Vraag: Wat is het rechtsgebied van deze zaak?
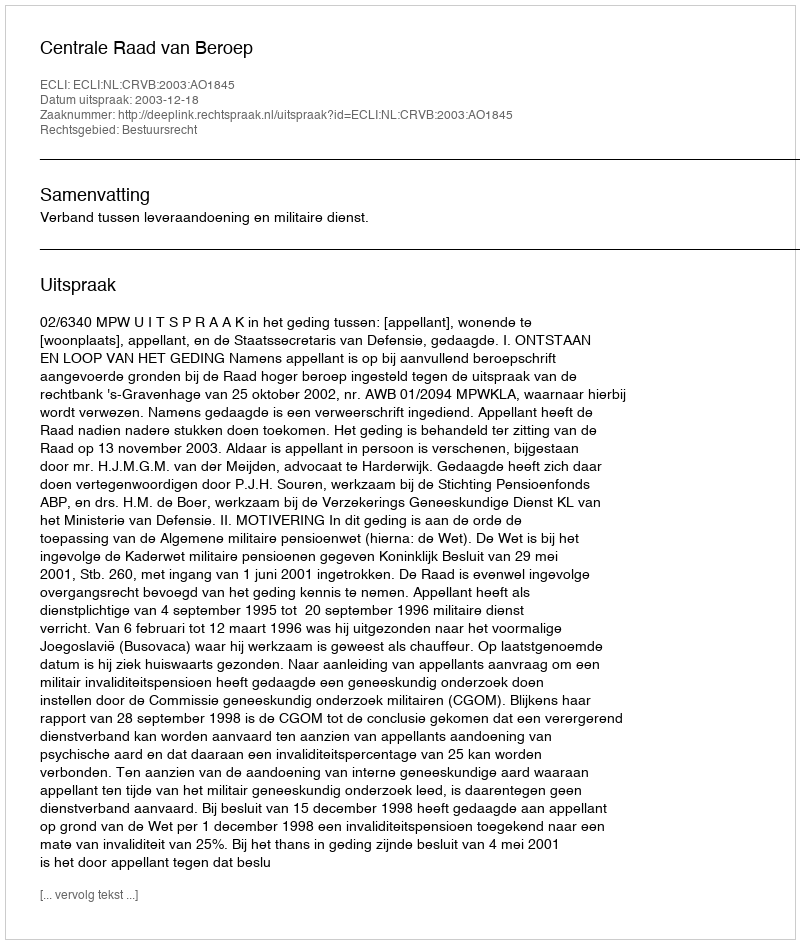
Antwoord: Bestuursrecht